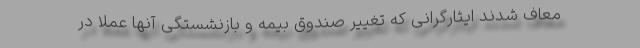
معاف شدند ایثارگرانی که تغییر صندوق بیمه و بازنشستگی آنها عملا در